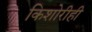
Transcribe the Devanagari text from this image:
किशोरीही